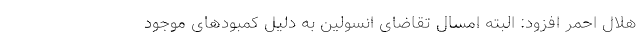
هلال احمر افزود: البته امسال تقاضای انسولین به دلیل کمبود‌های موجود